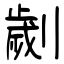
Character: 劌